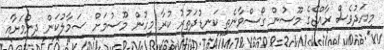
މިއަދުވެސް ރާއްޖޭގެ މޫސުން ގޯސްވާނެތީ ކަނޑުދަތުރު ކުރާ މީހުން މޫސުމަށް ސަމާލުކަން ދިނުމަށާއި